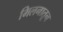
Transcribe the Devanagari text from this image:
मिलनातून